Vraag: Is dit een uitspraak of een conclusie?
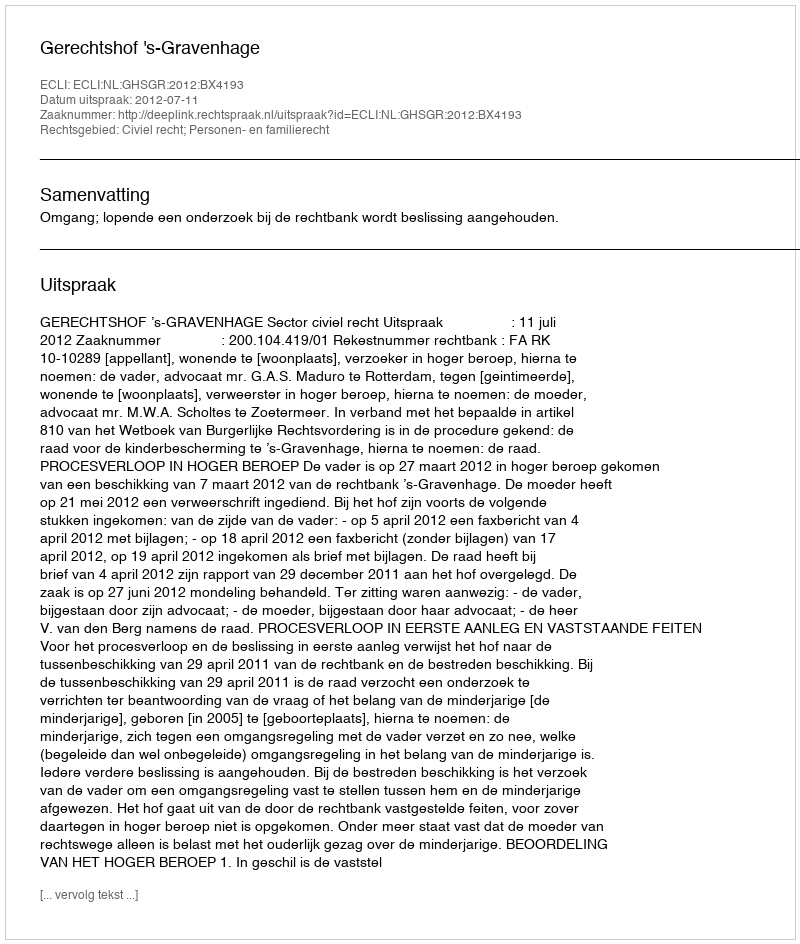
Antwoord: Uitspraak